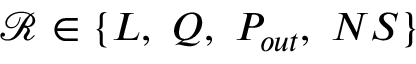
\mathcal { R } \in \{ L , ~ Q , ~ P _ { o u t } , ~ N S \}